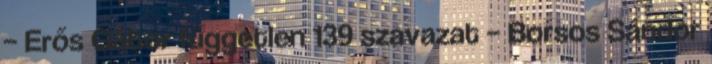
– Erős Gábor független 139 szavazat – Borsos Sándor